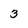
Character: 3